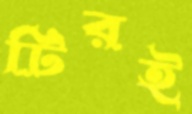
টিরই